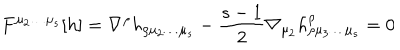
LaTeX: F ^ { \mu _ { 2 } \ldots \mu _ { s } } [ h ] = \nabla ^ { \rho } h _ { \rho \mu _ { 2 } \ldots \mu _ { s } } - { \frac { s - 1 } { 2 } } \nabla _ { \mu _ { 2 } } h _ { \rho \mu _ { 3 } \ldots \mu _ { s } } ^ { \rho } = 0